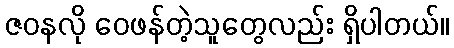
ဇဝနလို ဝေဖန်တဲ့သူတွေလည်း ရှိပါတယ်။